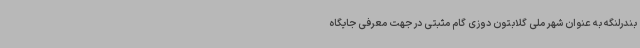
بندرلنگه به عنوان شهر ملی گلابتون دوزی گام مثبتی در جهت معرفی جایگاه